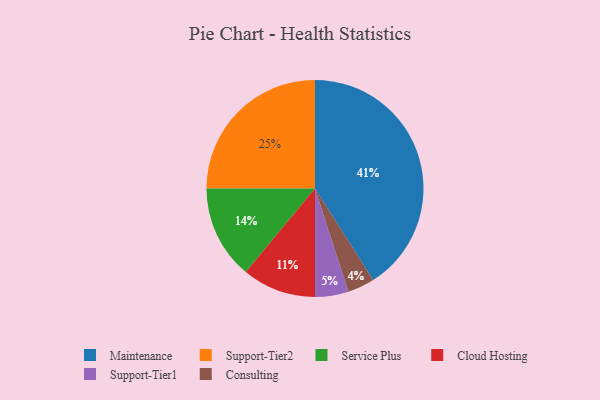
{"axis": {"x": "Category", "y": "Percentage"}, "legend": ["Cloud Hosting", "Consulting", "Maintenance", "Service Plus", "Support-Tier1", "Support-Tier2"], "data": [{"x": "Service Plus", "y": 14, "type": "Service Plus"}, {"x": "Cloud Hosting", "y": 11, "type": "Cloud Hosting"}, {"x": "Consulting", "y": 4, "type": "Consulting"}, {"x": "Maintenance", "y": 41, "type": "Maintenance"}, {"x": "Support-Tier1", "y": 5, "type": "Support-Tier1"}, {"x": "Support-Tier2", "y": 25, "type": "Support-Tier2"}]}